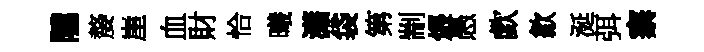
隲嫠崖血財恰曦瀟袋第剬煨愚歔歙涎弭寨